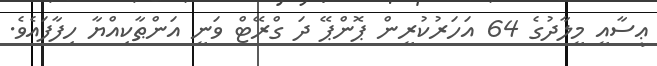
ޢީސާއީ މީލާދުގެ 64 އަހަރުކުރީން ޕޮންޕޭ ދަ ގްރޭޓް ވަނީ އަންޠާކިއްޔާ ހިފާފައެވެ.